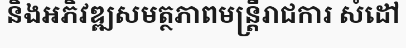
និងអភិវឌ្ឍសមត្ថភាពមន្ត្រីរាជការ សំដៅ